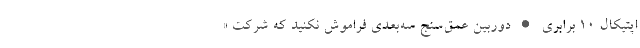
اپتیکال 10 برابری • دوربین عمق‌سنج سه‌بعدی فراموش نکنید که شرکت «